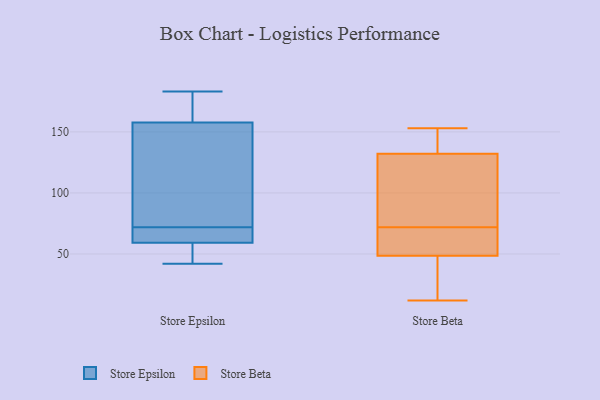
{"axis": {"x": "Website Visitors", "y": "Value"}, "legend": ["Store Beta", "Store Epsilon"], "data": [{"x": "", "y": 42, "type": "Store Epsilon"}, {"x": "", "y": 127, "type": "Store Epsilon"}, {"x": "", "y": 67, "type": "Store Epsilon"}, {"x": "", "y": 162, "type": "Store Epsilon"}, {"x": "", "y": 158, "type": "Store Epsilon"}, {"x": "", "y": 183, "type": "Store Epsilon"}, {"x": "", "y": 72, "type": "Store Epsilon"}, {"x": "", "y": 157, "type": "Store Epsilon"}, {"x": "", "y": 54, "type": "Store Epsilon"}, {"x": "", "y": 58, "type": "Store Epsilon"}, {"x": "", "y": 63, "type": "Store Epsilon"}, {"x": "", "y": 44, "type": "Store Beta"}, {"x": "", "y": 72, "type": "Store Beta"}, {"x": "", "y": 84, "type": "Store Beta"}, {"x": "", "y": 153, "type": "Store Beta"}, {"x": "", "y": 37, "type": "Store Beta"}, {"x": "", "y": 64, "type": "Store Beta"}, {"x": "", "y": 12, "type": "Store Beta"}, {"x": "", "y": 62, "type": "Store Beta"}, {"x": "", "y": 133, "type": "Store Beta"}, {"x": "", "y": 139, "type": "Store Beta"}, {"x": "", "y": 129, "type": "Store Beta"}]}